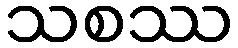
သစဿ